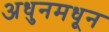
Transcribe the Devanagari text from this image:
अधुनमधून